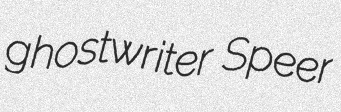
ghostwriter Speer